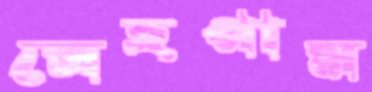
ত্রেহগাম